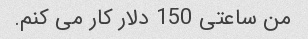
من ساعتی 150 دلار کار می کنم.